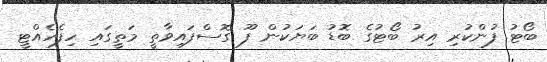
ބޯޓު ފުންކުރި އިރު ބޯޓުގެ ބޮޑު ބަޔަކުން ފޫ ގޮސްފައިވާތީ މަތީގައި ހިފެހެއްޓީ